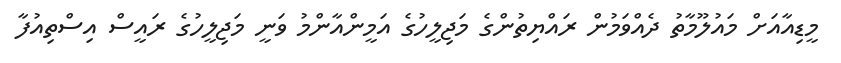
މީޑިއާއަށް މައުލޫމާތު ދެއްވަމުން ރައްޔިތުންގެ މަޖިލީހުގެ އަމީންއާންމު ވަނީ މަޖިލީހުގެ ރައީސް އިސްތިއުފާ